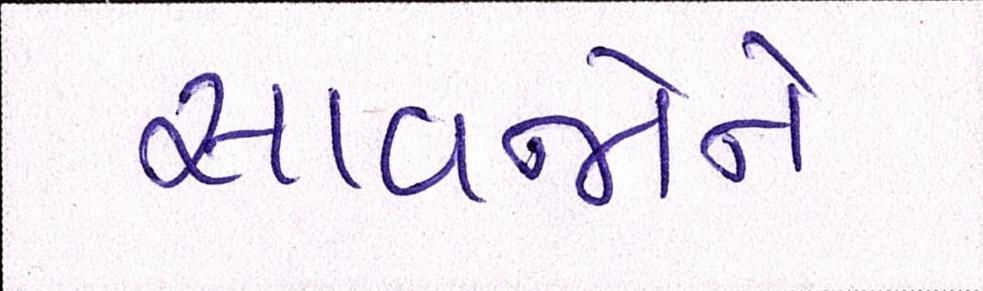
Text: સાવજોને